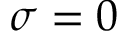
\sigma = 0